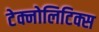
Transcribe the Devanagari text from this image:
टेक्नोलिटिक्स